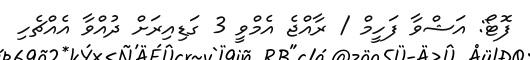
ފޮޓޯ: އަޝްވާ ފަހީމް / ރާއްޖެ އެމްވީ 3 ގަޑިއިރަށް ދުއްވާ އެއްޗެހި